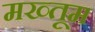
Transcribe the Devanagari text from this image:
मख्तूम